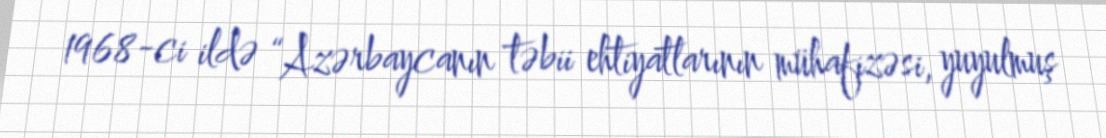
1968-ci ildə “Azərbaycanın təbii ehtiyatlarının mühafizəsi, yuyulmuş